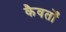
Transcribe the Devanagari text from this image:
कैवर्तों